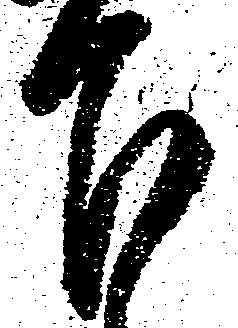
下